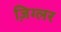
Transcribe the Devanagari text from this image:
ज़िग्लर